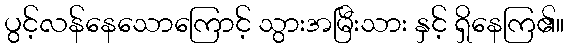
ပွင့်လန်နေသောကြောင့် သွားအမြီးသား နှင့် ရှိနေကြ၏။